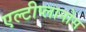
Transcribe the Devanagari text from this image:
एल्टीप्लानोस